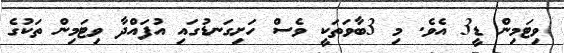
ވިޓަމިން ޑީ3 އެވެ. މި 3ބާވަތަކީ ވެސް ހަށިގަނޑުގައި އުފައްދާ ވިޓަމިން ތަކުގެ